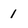
Character: 1